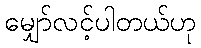
မျှော်လင့်ပါတယ်ဟု